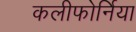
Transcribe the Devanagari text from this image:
कलीफोर्निया